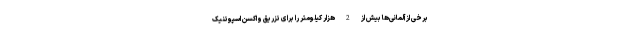
برخی از آلمانی‌ها بیش از 2 هزار کیلومتر را برای تزریق واکسن اسپوتنیک